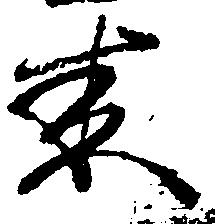
来